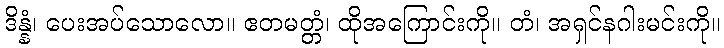
ဒိန္နံ၊ ပေးအပ်သောလော။ ဧတမတ္တံ၊ ထိုအကြောင်းကို။ တံ၊ အရှင်နဂါးမင်းကို။